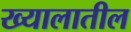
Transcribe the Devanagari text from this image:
ख्यालातील